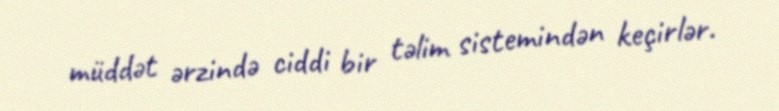
müddət ərzində ciddi bir təlim sistemindən keçirlər.